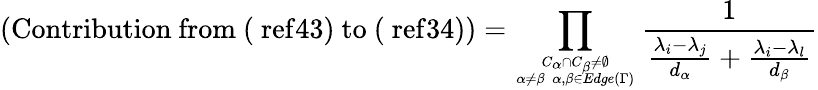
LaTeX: (\mathrm{Contribution~from~(\ ref{43})~to~(\ ref{34})})=\prod_{{C_{\alpha}\cap C_{\beta}\neq\emptyset}\atop{\alpha\neq\beta\; \alpha,\beta\in Edge(\Gamma)}}\frac{1}{\frac{\lambda_{i}-\lambda_{j}}{d_{\alpha}}+\frac{\lambda_{i}-\lambda_{l}}{d_{\beta}}}